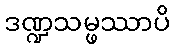
ဒဏ္ဍသမ္ဖဿာပိ